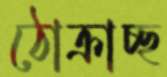
ঠোক্‌রাচ্ছ